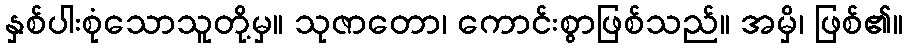
နှစ်ပါးစုံသောသူတို့မှ။ သုဇာတော၊ ကောင်းစွာဖြစ်သည်။ အမှိ၊ ဖြစ်၏။